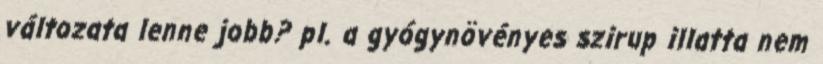
változata lenne jobb? pl. a gyógynövényes szirup illatta nem